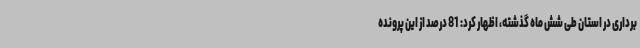
برداری در استان طی شش ماه گذشته، اظهار کرد: 81 درصد از این پرونده